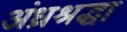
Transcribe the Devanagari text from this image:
अंध्रश्रद्धा